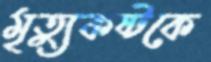
মৃত্যুকষ্টকে